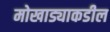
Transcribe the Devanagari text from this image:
मोखाड्याकडील